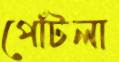
পোঁটলা